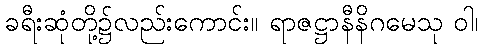
ခရီးဆုံတို့၌လည်းကောင်း။ ရာဇဋ္ဌာနီနိဂမေသု ဝါ၊